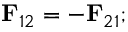
\mathbf { F } _ { 1 2 } = - \mathbf { F } _ { 2 1 } ;